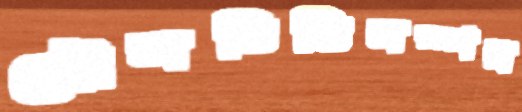
মৌলভিত্তিসম্পন্ন